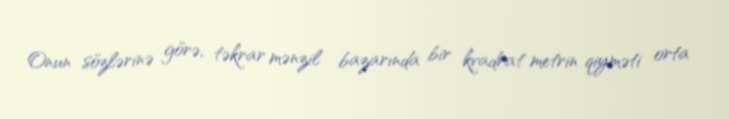
Onun sözlərinə görə, təkrar mənzil bazarında bir kvadrat metrin qiyməti orta